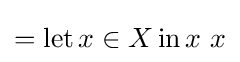
=\operatorname {let} x\in X\operatorname {in} x\ x